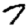
Digit: 7